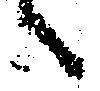
々